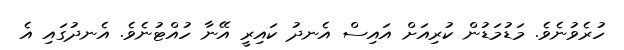
ހުރެވުނެވެ. މަޑުމަޑުން ކުރިއަށް އައިސް އެނދު ކައިރީ އޭނާ ހުއްޓުނެވެ. އެނދުގައި އެ